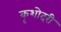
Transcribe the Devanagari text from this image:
कृशोदरी